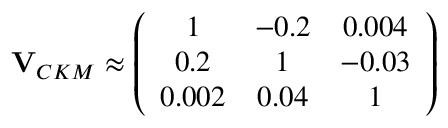
{ \bf V } _ { C K M } \approx \left( \begin{array} { c c c } { { 1 } } & { { - 0 . 2 } } & { { 0 . 0 0 4 } } \\ { { 0 . 2 } } & { { 1 } } & { { - 0 . 0 3 } } \\ { { 0 . 0 0 2 } } & { { 0 . 0 4 } } & { { 1 } } \end{array} \right)